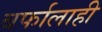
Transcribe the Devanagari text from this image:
बर्फालाही